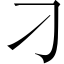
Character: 刁